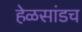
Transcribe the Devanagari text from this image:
हेळसांडच